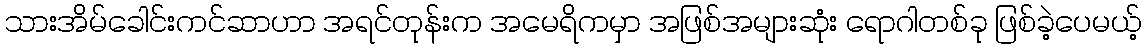
သားအိမ်ခေါင်းကင်ဆာဟာ အရင်တုန်းက အမေရိကမှာ အဖြစ်အများဆုံး ရောဂါတစ်ခု ဖြစ်ခဲ့ပေမယ့်